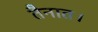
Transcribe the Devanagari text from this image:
तैनात।